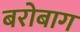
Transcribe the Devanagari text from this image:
बरोबाग